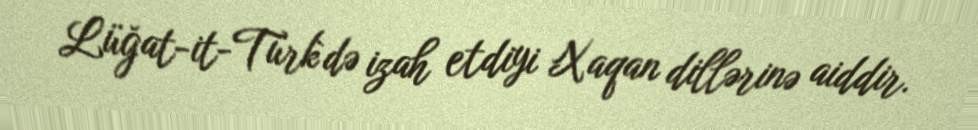
Lüğat-it-Türk`də izah etdiyi Xaqan dillərinə aiddir.